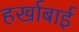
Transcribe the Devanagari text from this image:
हर्खाबाई